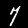
Label: 7